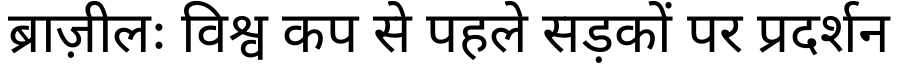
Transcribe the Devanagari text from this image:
ब्राज़ीलः विश्व कप से पहले सड़कों पर प्रदर्शन